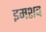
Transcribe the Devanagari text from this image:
इमशब